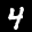
Label: 4